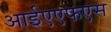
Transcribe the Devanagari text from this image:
आईएएफएस